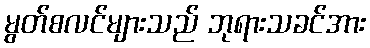
မွတ်စလင်များသည် ဘုရားသခင်အား